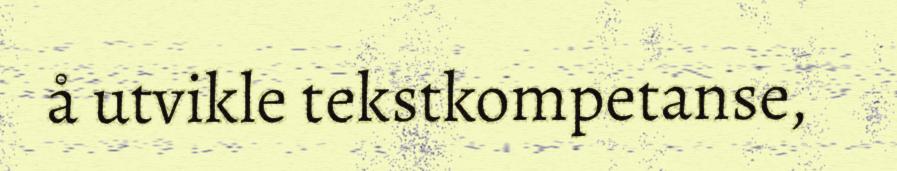
å utvikle tekstkompetanse,